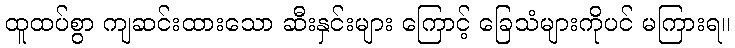
ထူထပ်စွာ ကျဆင်းထားသော ဆီးနှင်းများ ကြောင့် ခြေသံများကိုပင် မကြားရ။